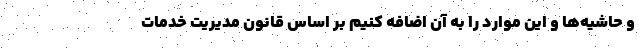
و حاشیه‌ها و این موارد را به آن اضافه کنیم بر اساس قانون مدیریت خدمات